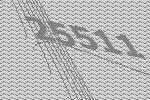
25511